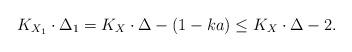
LaTeX: \begin{align*}K_{X_1}\cdot \Delta_1=K_X\cdot \Delta -(1-ka)\leq K_X\cdot \Delta -2.\end{align*}